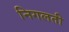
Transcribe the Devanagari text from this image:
निगलती